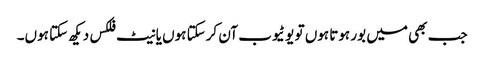
جب بھی میں بور ہوتا ہوں تو یو ٹیوب آن کرسکتا ہوں یا نیٹ فلکس دیکھ سکتا ہوں۔